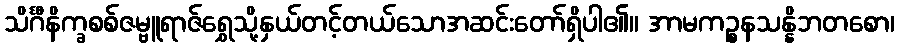
သိင်္ဂီနိက္ခစစ်ဇမ္ဗူရာဇ်ရွှေသို့နှယ်တင့်တယ်သောအဆင်းတော်ရှိပါ၏။ အာမကဉ္စနသန္နိဘတစော၊